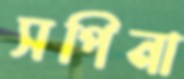
সপিনা